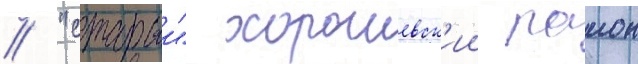
// "старыи" хорошевск'ии раион